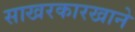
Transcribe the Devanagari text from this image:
साखरकारखाने